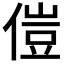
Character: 𫣅